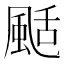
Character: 颳